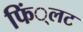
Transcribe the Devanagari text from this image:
फिं्लट